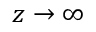
z \to \infty